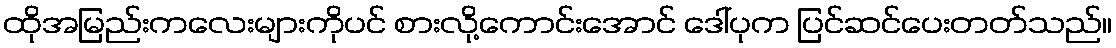
ထိုအမြည်းကလေးများကိုပင် စားလို့ကောင်းအောင် ဒေါ်ပုက ပြင်ဆင်ပေးတတ်သည်။